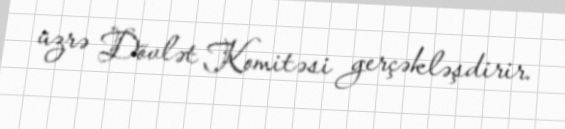
üzrə Dövlət Komitəsi gerçəkləşdirir.